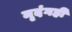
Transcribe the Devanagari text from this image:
मृदंगही